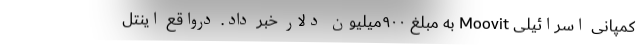
کمپانی اسرائیلی Moovit به مبلغ ۹۰۰میلیون دلار خبر داد. درواقع اینتل